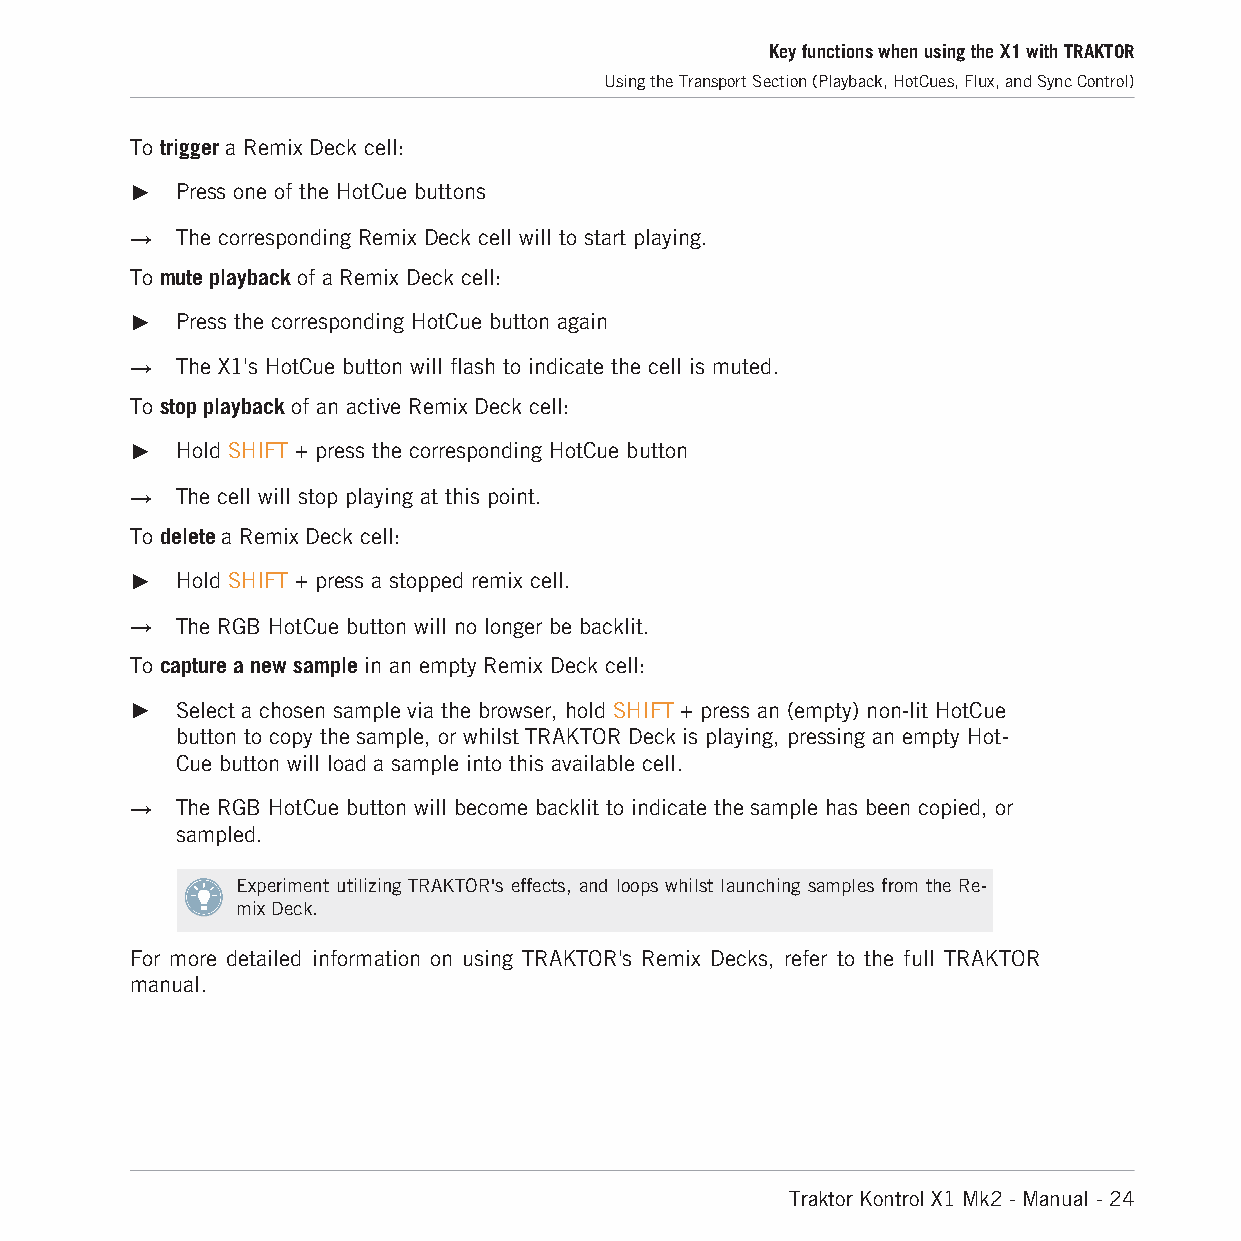
Key functions when using the X1 with TRAKTOR
 Using the Transport Section (Playback, HotCues, Flux, and Sync Control)
 To trigger a Remix Deck cell:
 ►  Press one of the HotCue buttons
 →  The corresponding Remix Deck cell will to start playing.
 To mute playback of a Remix Deck cell:
 ►  Press the corresponding HotCue button again
 →  The X1's HotCue button will flash to indicate the cell is muted.
 To stop playback of an active Remix Deck cell:
 ►  Hold SHIFT + press the corresponding HotCue button
 →  The cell will stop playing at this point.
 To delete a Remix Deck cell:
 ►  Hold SHIFT + press a stopped remix cell.
 →  The RGB HotCue button will no longer be backlit.
 To capture a new sample in an empty Remix Deck cell:
 ►  Select a chosen sample via the browser, hold SHIFT + press an (empty) non-lit HotCue
 button to copy the sample, or whilst TRAKTOR Deck is playing, pressing an empty Hot-
 Cue button will load a sample into this available cell.
 →  The RGB HotCue button will become backlit to indicate the sample has been copied, or
 sampled.
 Experiment utilizing TRAKTOR's effects, and loops whilst launching samples from the Re-
 mix Deck.
 For more detailed information on using TRAKTOR's Remix Decks, refer to the full TRAKTOR
 manual.
 Traktor Kontrol X1 Mk2 - Manual - 24